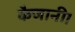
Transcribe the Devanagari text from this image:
कैजानी।